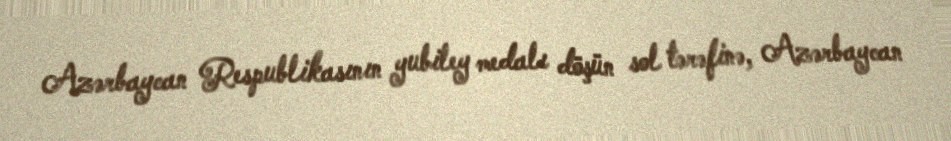
Azərbaycan Respublikasının yubiley medalı döşün sol tərəfinə, Azərbaycan